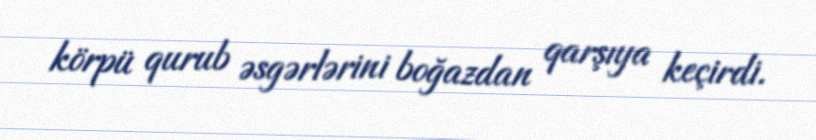
körpü qurub əsgərlərini boğazdan qarşıya keçirdi.